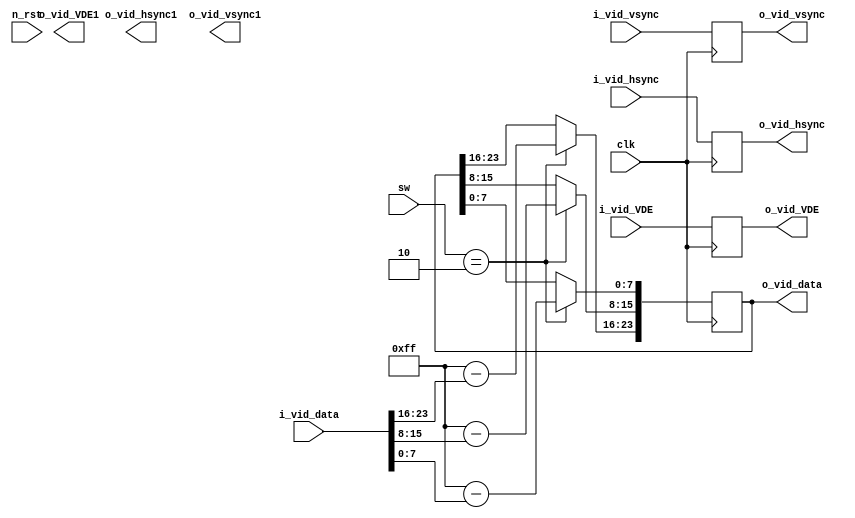
`timescale 1ns / 1ps
//////////////////////////////////////////////////////////////////////////////////
// Company: 
// Engineer: 
// 
// Design Name: 
// Module Name: inversion
// Project Name: 
// Target Devices: 
// Tool Versions: 
// Description: 
// 
// Dependencies: 
// 
// Revision:
// Revision 0.01 - File Created
// Additional Comments:
// 
//////////////////////////////////////////////////////////////////////////////////


module inversion(
    input clk,
    input n_rst,
    input [23:0] i_vid_data,
    input i_vid_hsync,
    input i_vid_vsync,
    input i_vid_VDE,
    input [3:0] sw,
    
    output reg [23:0] o_vid_data,
    output reg o_vid_hsync,
    output reg o_vid_vsync,
    output reg o_vid_VDE,
    output reg o_vid_hsync1,
    output reg o_vid_vsync1,
    output reg o_vid_VDE1
);
    wire [7:0] red, green, blue;
    assign {red, green, blue} = i_vid_data;

 always @(posedge clk) begin

        if(sw == 4'd2) begin
            o_vid_data[23:16] <= 255-red;
            o_vid_data[15:8] <= 255-green;
            o_vid_data[7:0] <= 255-blue;
        end
        o_vid_hsync <= i_vid_hsync;
        o_vid_vsync <=  i_vid_vsync;
        o_vid_VDE <=  i_vid_VDE;
        end
endmodule